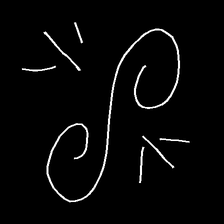
Glyph: wind-directs-air